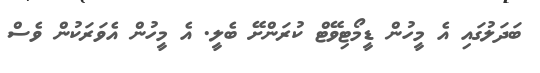
ބަދަލުގައި އެ މީހުން ޑީމޯޓިވޭޓް ކުރަންށޭ ބެލީ. އެ މީހުން އެވަރަކުން ވެސް